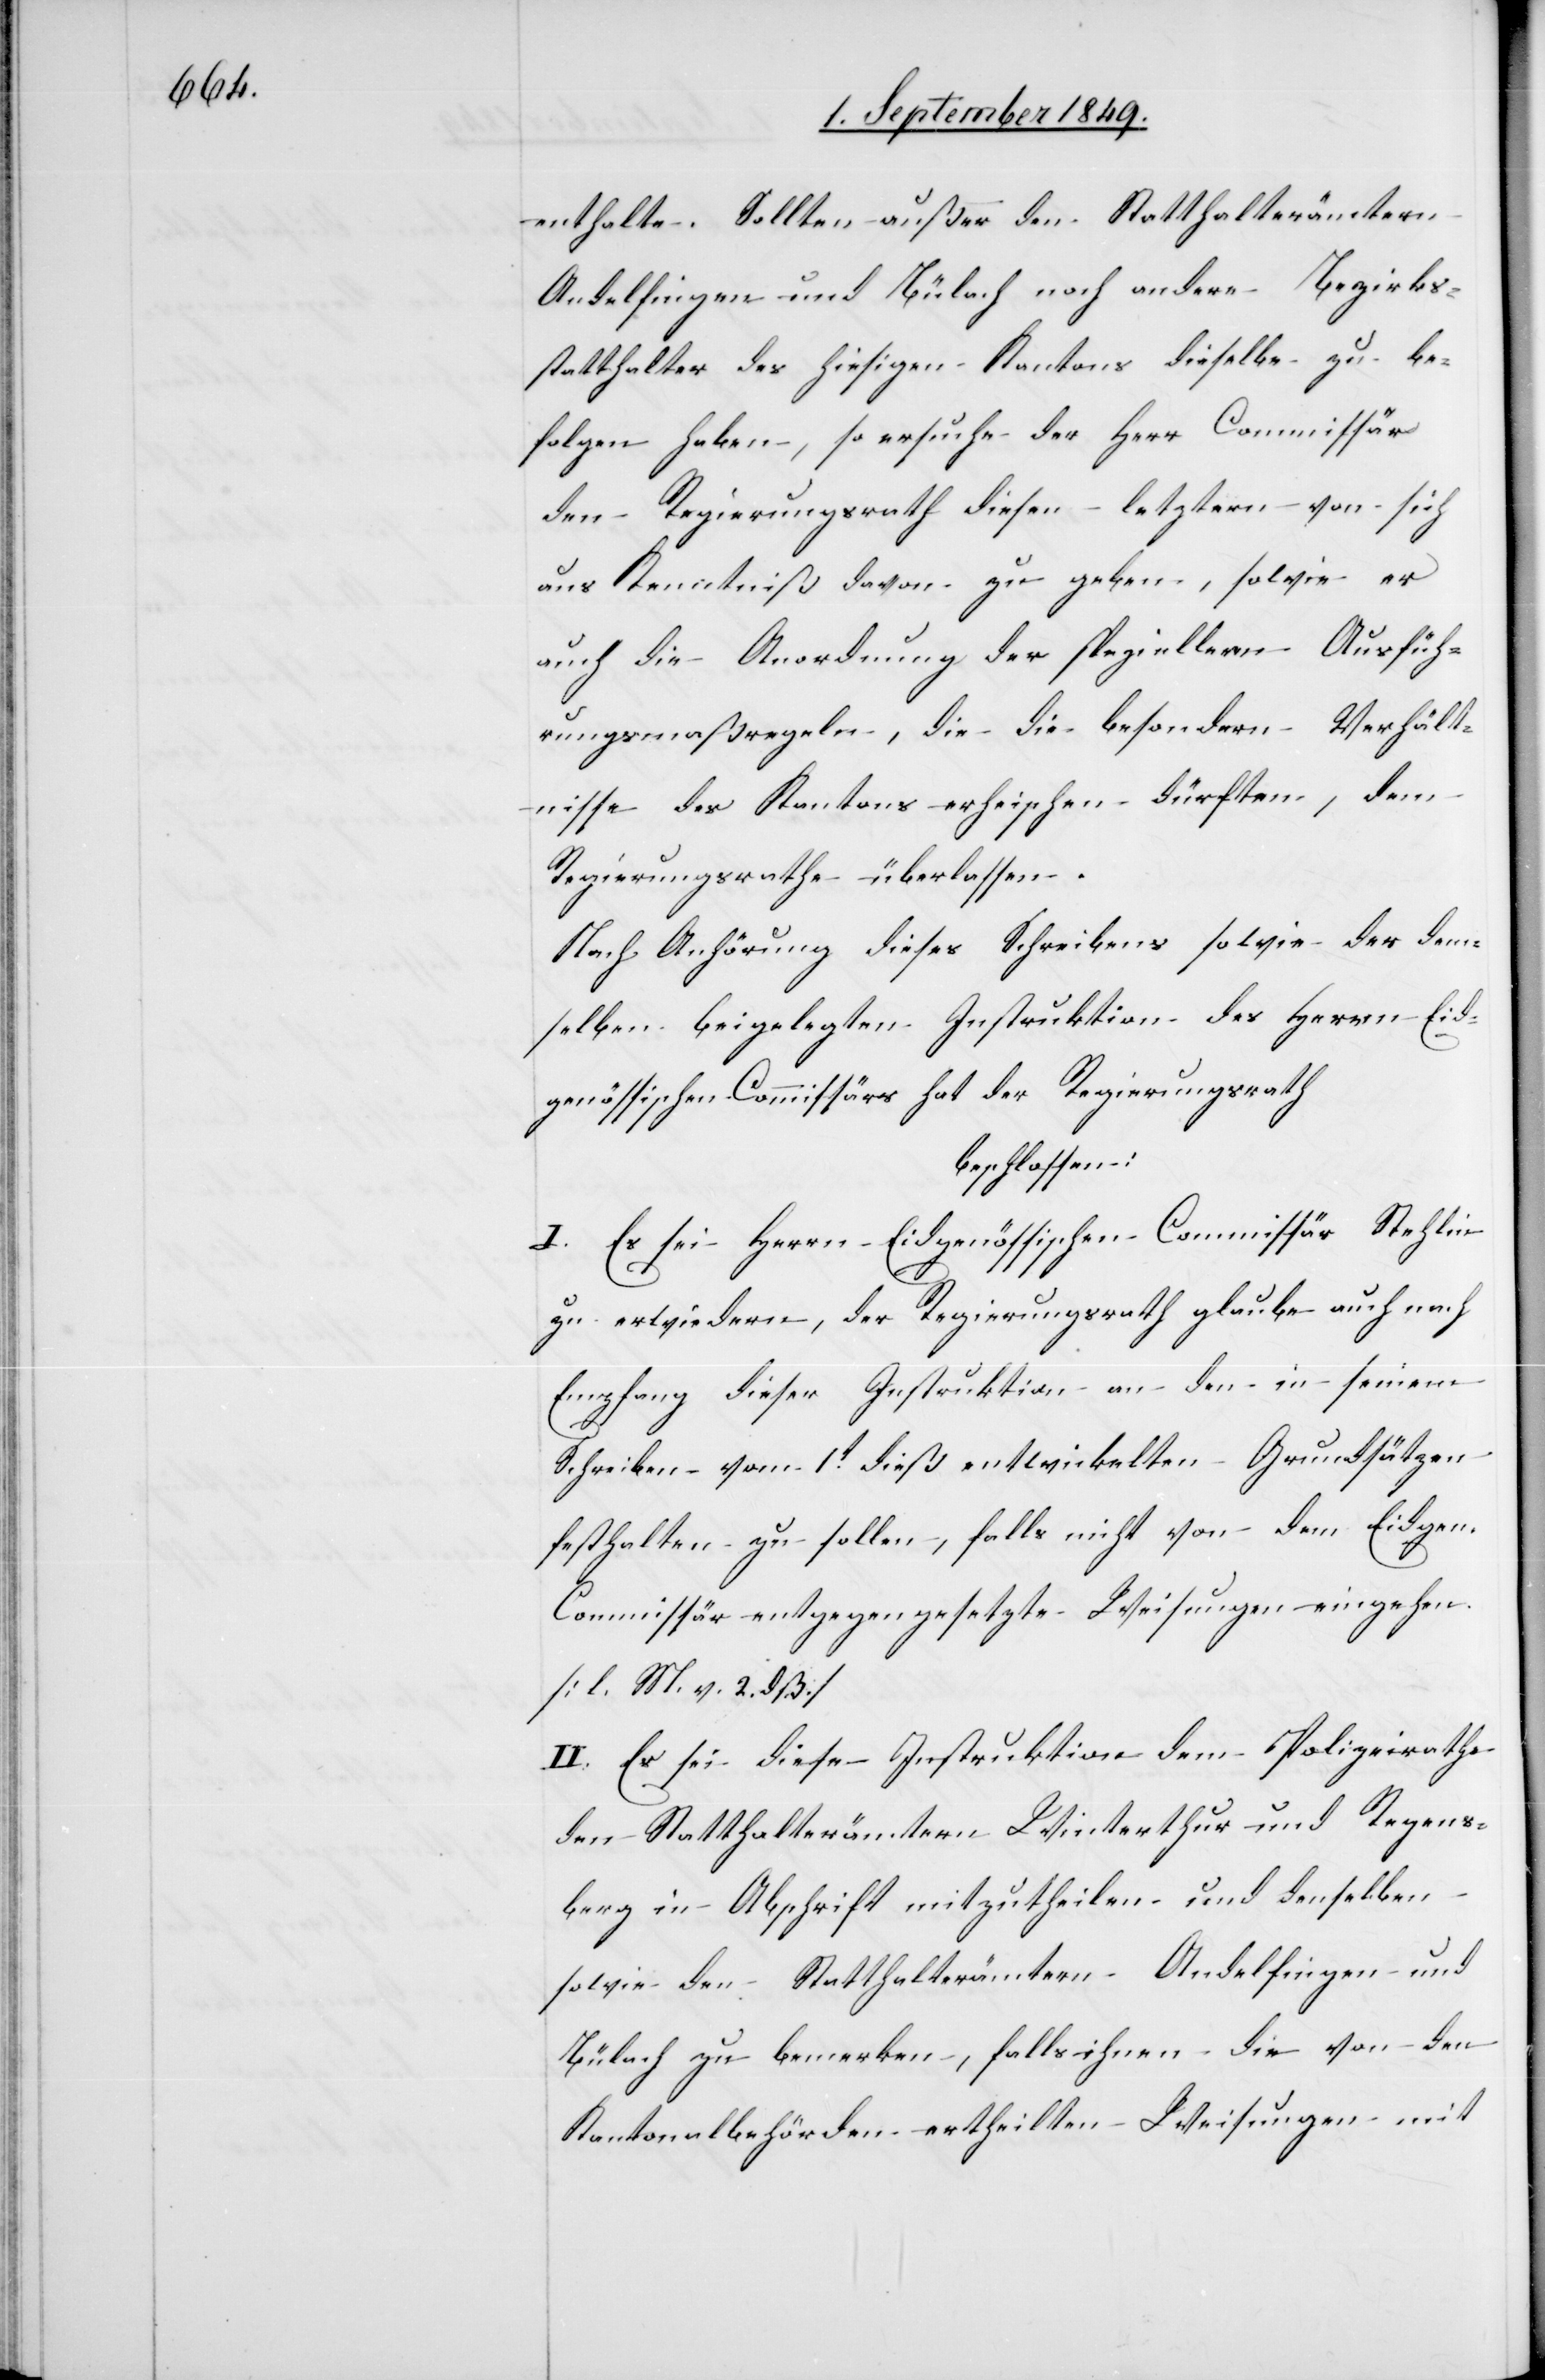
enthalten. Sollten außer den Statthalterämtern
Andelfingen und Bülach noch andere Bezirks¬
statthalter des hiesigen Kantons dieselbe zu be¬
folgen haben, so ersuche der Herr Commissär
den Regierungsrath diesen letztern von sich
aus Kenntniß davon zu geben, sowie er
auch die Anordnung der speziellern Ausfüh¬
rungsmaßregeln, die die besondern Verhält¬
nisse des Kantons erheischen dürften, dem
Regierungsrathe überlassen.
Nach Anhörung dieses Schreibens sowie der dem¬
selben beigelegten Instruktion des Herrn Eid¬
genössischen Commissärs hat der Regierungsrath
beschlossen:
I. Es sei Herrn Eidgenössischen Commissär Stehlin
zu erwiedern, der Regierungsrath glaube auch nach
Empfang dieser Instruktion an den in seinem
Schreiben vom 1t dieß entwickelten Grundsätzen
festhalten zu sollen, falls nicht von dem Eidgen.
Commissär entgegengesetzte Weisungen eingehen.
[l. M. v. 2. dß.]
II. Es sei diese Instruktion dem Polizeirathe
den Statthalterämtern Winterthur und Regens¬
berg in Abschrift mitzutheilen und denselben
sowie den Statthalterämtern Andelfingen und
Bülach zu bemerken, falls ihnen die von den
Kantonalbehörden ertheilten Weisungen mit